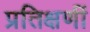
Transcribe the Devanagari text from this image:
प्रतिक्षणीं